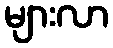
များလာ